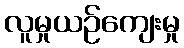
လူမှုယဉ်ကျေးမှု